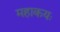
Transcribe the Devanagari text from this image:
महाकयः